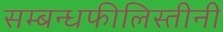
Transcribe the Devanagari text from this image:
सम्बन्धफीलिस्तीनी